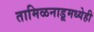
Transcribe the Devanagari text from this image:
तामिळनाडूमध्येही